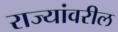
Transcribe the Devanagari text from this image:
राज्यांवरील